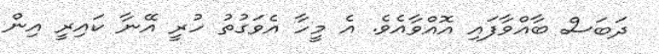
ދަބަސް ބާއްވާފައި އޮއްވާއެެވެ. އެ މީހާ އެވަގުތު ހުރީ އޭނާ ކައިރީ އިން